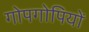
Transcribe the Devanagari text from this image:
गोपगोपियों